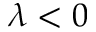
\lambda < 0